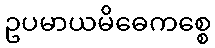
ဥပမာယမိဓေကစ္စေ